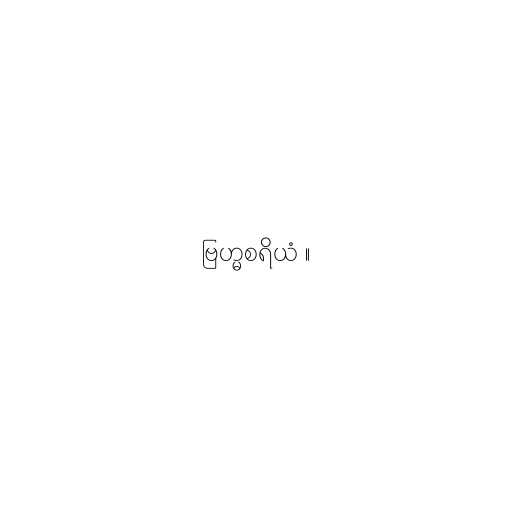
ဗြဟ္မစရိယံ ။